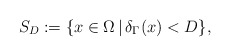
\begin{align*}S_{D}:= \{x \in \Omega\,|\, \delta_\Gamma(x) < D\}, \end{align*}